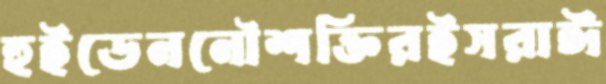
হুইডেননৌশক্তিরইসরাঈ